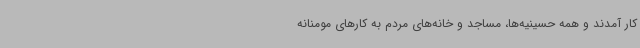
کار آمدند و همه حسینیه‌ها، مساجد و خانه‌های مردم به کارهای مومنانه